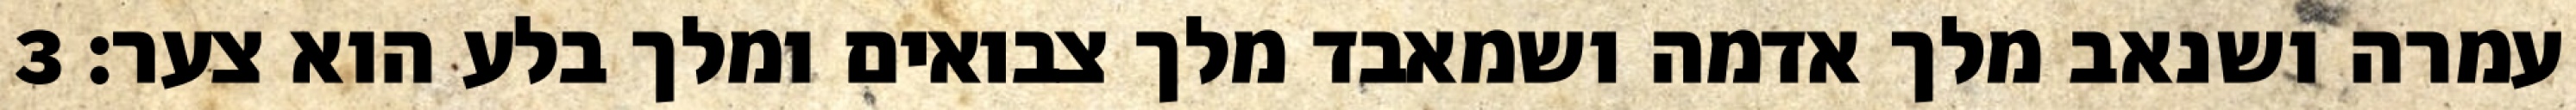
עמרה ושנאב מלך אדמה ושמאבד מלך צבואים ומלך בלע הוא צער׃ ‎3‏